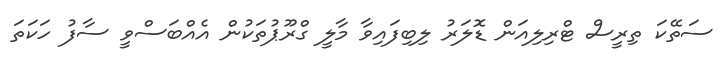
ސަތޭކަ ތިރީސް ޓްރިލިއަން ޑޮލަރު ލިބިފައިވާ މާލީ ގްރޫޕުތަކުން އެއްބަސްވީ ސާފު ހަކަތަ